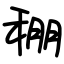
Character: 稝